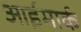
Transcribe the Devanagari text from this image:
आईमार्क